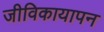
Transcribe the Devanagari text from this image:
जीविकायापन